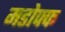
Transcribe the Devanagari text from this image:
मडोफ्फ